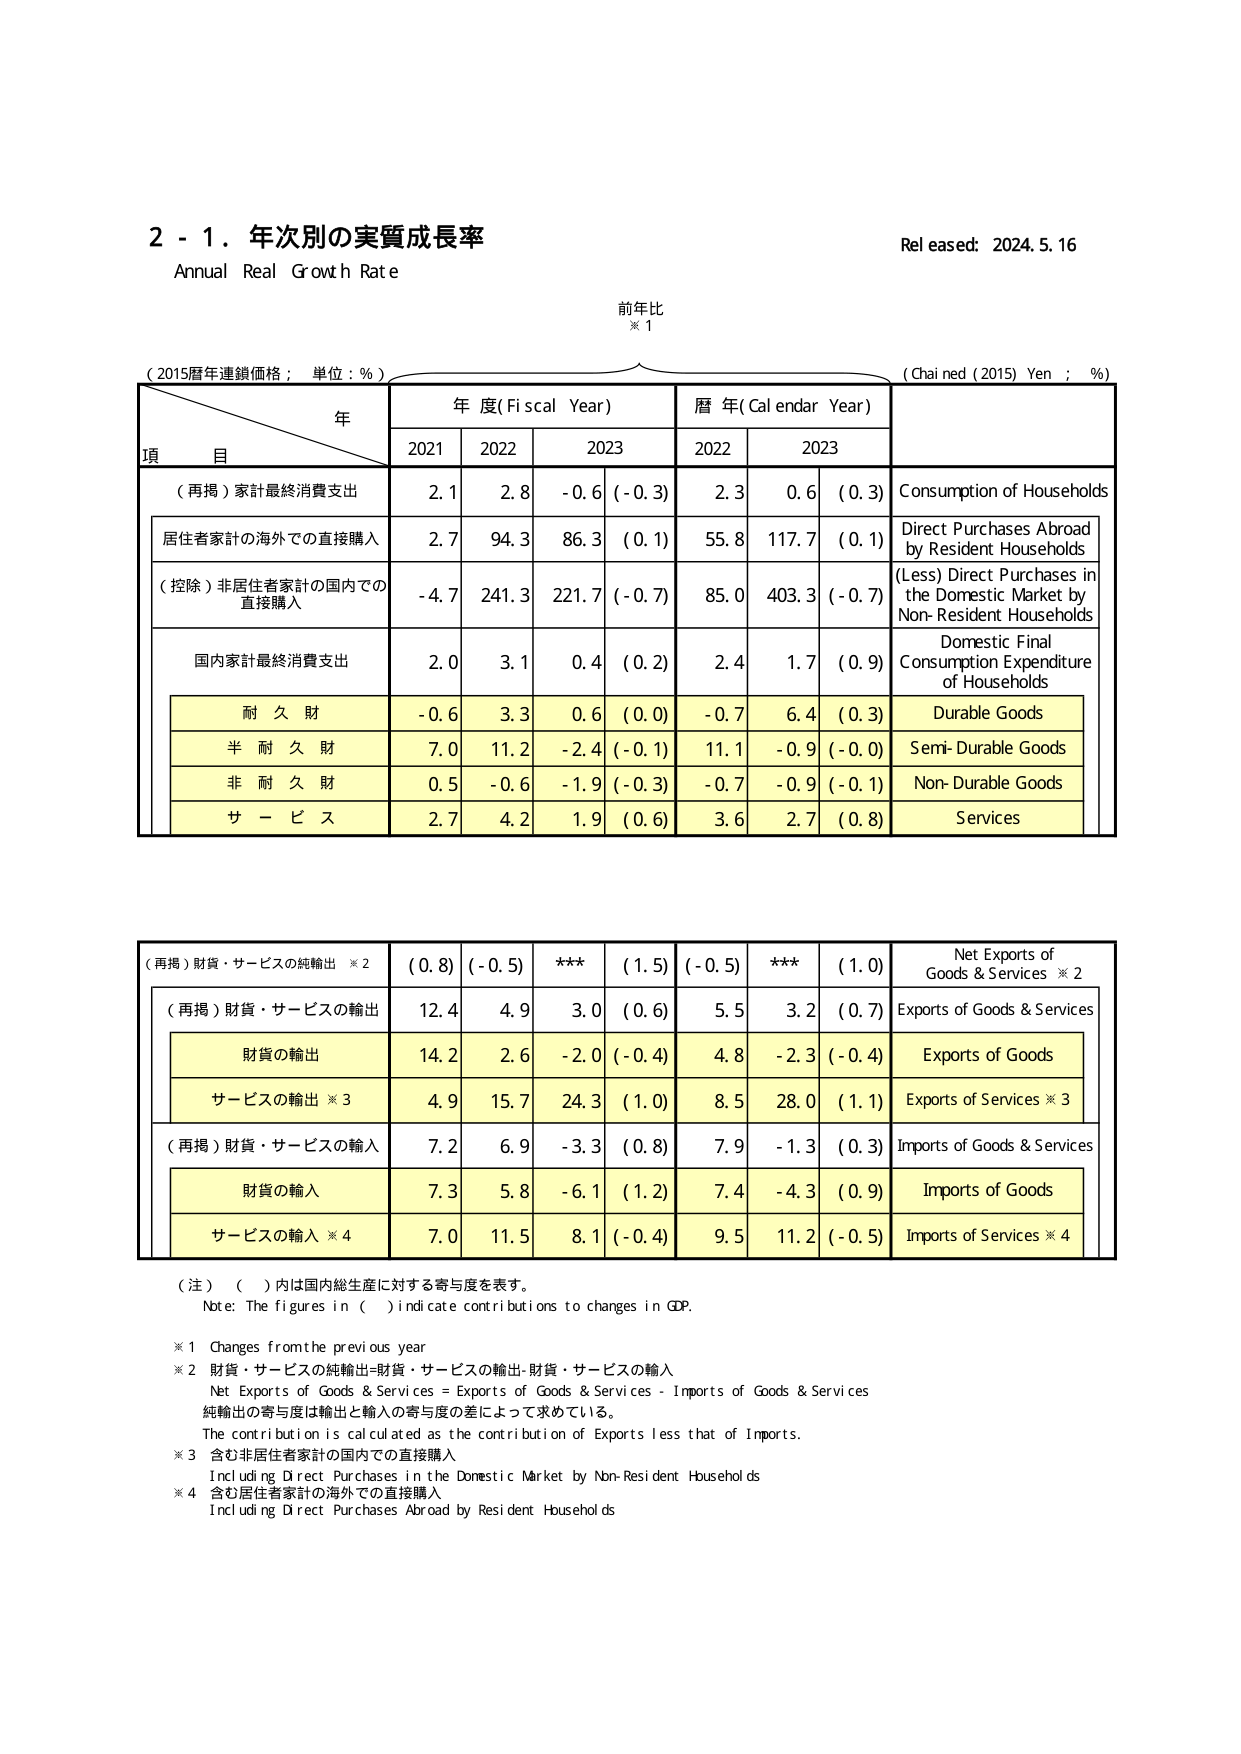
2 - 1. 年次別の実質成長率
Annual Real Growth Rate
Released: 2024.5.16

前年比
※1

（2015暦年連鎖価格；単位：%）
（Chained (2015) Yen；%）

年
項 目
年 度(Fiscal Year)
暦 年(Calendar Year)

2021
2022
2023
2022
2023

（再掲）家計最終消費支出
2.1
2.8
-0.6 (-0.3)
2.3
0.6 (0.3)
Consumption of Households

居住者家計の海外での直接購入
2.7
94.3
86.3 (0.1)
55.8
117.7 (0.1)
Direct Purchases Abroad by Resident Households

（控除）非居住者家計の国内での直接購入
-4.7
241.3
221.7 (-0.7)
85.0
403.3 (-0.7)
(Less) Direct Purchases in the Domestic Market by Non-Resident Households

国内家計最終消費支出
2.0
3.1
0.4 (0.2)
2.4
1.7 (0.9)
Domestic Final Consumption Expenditure of Households

耐 久 財
-0.6
3.3
0.6 (0.0)
-0.7
6.4 (0.3)
Durable Goods

半 耐 久 財
7.0
11.2
-2.4 (-0.1)
11.1
-0.9 (-0.0)
Semi-Durable Goods

非 耐 久 財
0.5
-0.6
-1.9 (-0.3)
-0.7
-0.9 (-0.1)
Non-Durable Goods

サ ー ビ ス
2.7
4.2
1.9 (0.6)
3.6
2.7 (0.8)
Services

（再掲）財貨・サービスの純輸出 ※2
(0.8)
(-0.5)
***
(1.5)
(-0.5)
***
(1.0)
Net Exports of Goods & Services ※2

（再掲）財貨・サービスの輸出
12.4
4.9
3.0 (0.6)
5.5
3.2 (0.7)
Exports of Goods & Services

財貨の輸出
14.2
2.6
-2.0 (-0.4)
4.8
-2.3 (-0.4)
Exports of Goods

サービスの輸出 ※3
4.9
15.7
24.3 (1.0)
8.5
28.0 (1.1)
Exports of Services ※3

（再掲）財貨・サービスの輸入
7.2
6.9
-3.3 (0.8)
7.9
-1.3 (0.3)
Imports of Goods & Services

財貨の輸入
7.3
5.8
-6.1 (1.2)
7.4
-4.3 (0.9)
Imports of Goods

サービスの輸入 ※4
7.0
11.5
8.1 (-0.4)
9.5
11.2 (-0.5)
Imports of Services ※4

（注）（ ）内は国内総生産に対する寄与度を表す。
Note: The figures in ( ) indicate contributions to changes in GDP.

※1 Changes from the previous year
※2 財貨・サービスの純輸出=財貨・サービスの輸出-財貨・サービスの輸入
Net Exports of Goods & Services = Exports of Goods & Services - Imports of Goods & Services
純輸出の寄与度は輸出の寄与度と輸入の寄与度の差によって求めている。
The contribution is calculated as the contribution of Exports less that of Imports.
※3 含む非居住者家計の国内での直接購入
Including Direct Purchases in the Domestic Market by Non-Resident Households
※4 含む居住者家計の海外での直接購入
Including Direct Purchases Abroad by Resident Households